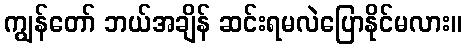
ကျွန်တော် ဘယ်အချိန် ဆင်းရမလဲပြောနိုင်မလား။